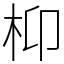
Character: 枊